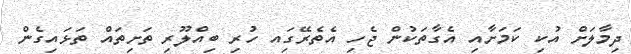
ދިމާލަށް އުކި ކަމަށާއި އެގާތަކުން ޖެހި އެތެރޭގަިއ ހުރި ބިއްލޫރި ތަށިތައް ތަޅައިގެން